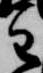
主